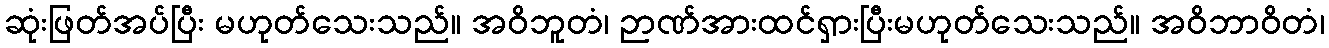
ဆုံးဖြတ်အပ်ပြီး မဟုတ်သေးသည်။ အဝိဘူတံ၊ ဉာဏ်အားထင်ရှားပြီးမဟုတ်သေးသည်။ အဝိဘာဝိတံ၊